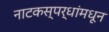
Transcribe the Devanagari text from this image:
नाटकस्पर्धांमधून